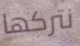
نتركها